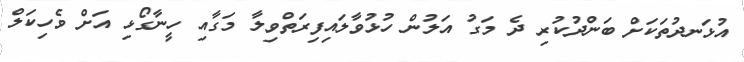
އުޅަނދުތަކަށް ބަންދުކުރި ދެ މަގު އަލުން ހުޅުވާލައިފިރަތްވިލާ މަގާއި ހީނާގޯޅި އަށް ވެހިކަލް